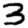
Digit: 3